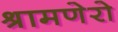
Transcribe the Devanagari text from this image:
श्रामणेरो